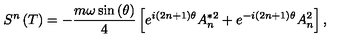
S ^ { n } \left( T \right) = - \frac { m \omega \sin \left( \theta \right) } 4 \left[ e ^ { i \left( 2 n + 1 \right) \theta } A _ { n } ^ { * 2 } + e ^ { - i \left( 2 n + 1 \right) \theta } A _ { n } ^ { 2 } \right] ,